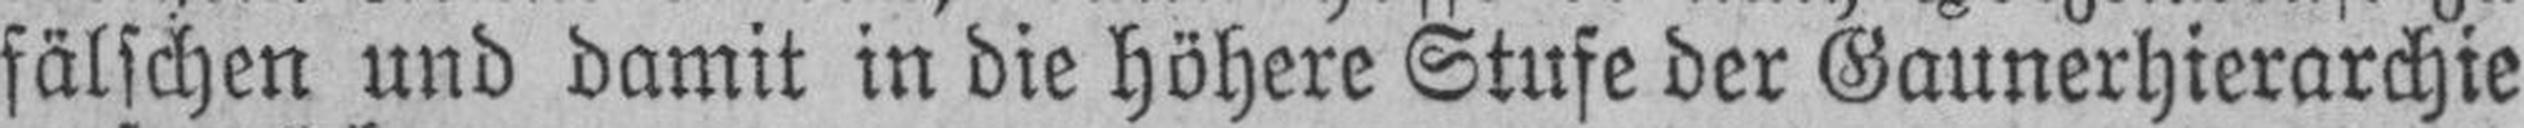
fälschen und damit in die höhere Stufe der Gaunerhierarchie